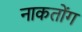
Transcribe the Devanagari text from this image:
नाकतोंग